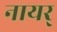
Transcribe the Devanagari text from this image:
नायर्